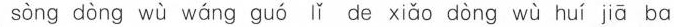
sòng dòng wù wáng guó lǐ de xiǎo dòng wù huí jā ba